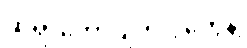
ဆရာတော်ပျံက ပွဲတွေနဲ့